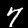
Digit: 7